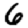
Digit: 6